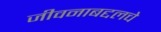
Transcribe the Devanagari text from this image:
जीवनाबद्दलचे